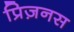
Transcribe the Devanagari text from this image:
प्रिज़नस